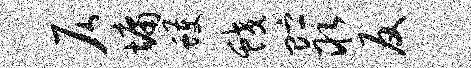
仄墉蠖蛟贮取反